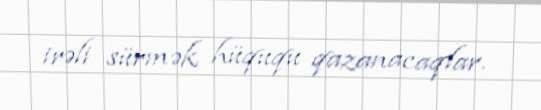
irəli sürmək hüququ qazanacaqlar.